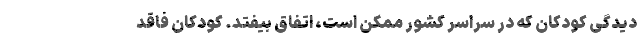
‌دیدگی کودکان که در سراسر کشور ممکن است، اتفاق بیفتد. کودکان فاقد